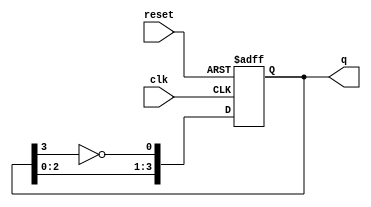
module johnson_counter (
    input wire clk,           // Clock input
    input wire reset,         // Asynchronous reset
    output reg [3:0] q        // 4-bit output representing the counter state
);

// Asynchronous reset and Johnson counter logic
always @(posedge clk or posedge reset) begin
    if (reset) begin
        q <= 4'b0000; // Reset the counter to 0000
    end else begin
        // Johnson counter logic
        q[0] <= ~q[3]; // Feedback from the last flip-flop inverted to the first
        q[1] <= q[0];  // Shift the state to the right
        q[2] <= q[1];  // Shift the state to the right
        q[3] <= q[2];  // Shift the state to the right
    end
end

endmodule